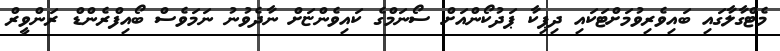
މެޓްގާލާގައި ބައިވެރިވުމަށްޓަކައި ދިޕިކާ ޕަދުކޯންއަށް ސޯނަމްގެ ކައިވެންޏަށް ނާދެވުނު ނަމަވެސް ބޯއިފްރެންޑް ރަންވީރް